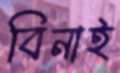
বিনাই